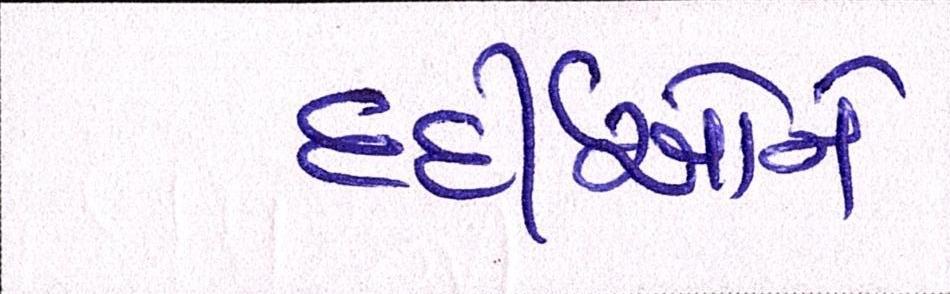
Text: દર્દીઓને